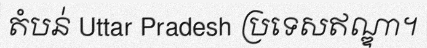
តំបន់ Uttar Pradesh ប្រទេសឥណ្ឌា។